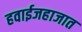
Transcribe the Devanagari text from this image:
हवाईजहाजात